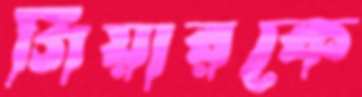
গিয়ারকে